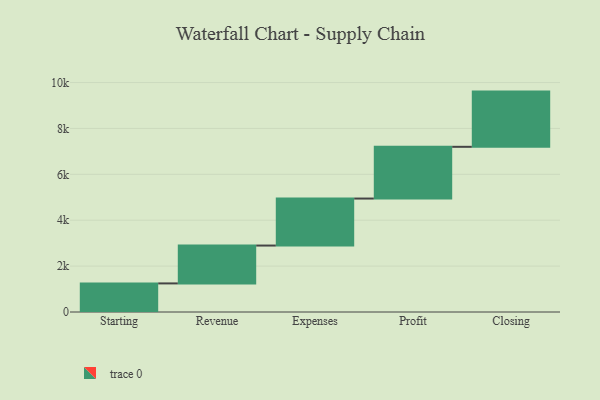
{"axis": {"x": "Step", "y": "Value"}, "legend": [""], "data": [{"x": "Starting", "y": 1246.0, "type": ""}, {"x": "Revenue", "y": 1650.0, "type": ""}, {"x": "Expenses", "y": 2048.0, "type": ""}, {"x": "Profit", "y": 2255.0, "type": ""}, {"x": "Closing", "y": 2406.0, "type": ""}]}